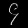
Digit: ၄